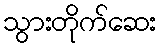
သွားတိုက်ဆေး